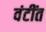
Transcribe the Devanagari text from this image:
वंटींत